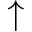
\uparrow